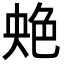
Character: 䒋